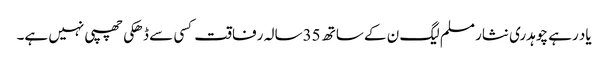
یاد رہے چوہدری نثار مسلم لیگ ن کے ساتھ 35سالہ رفاقت کسی سے ڈھکی چھپی نہیں ہے۔